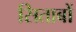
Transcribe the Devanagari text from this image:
सिताबों